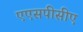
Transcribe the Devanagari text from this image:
एएसपीसीए